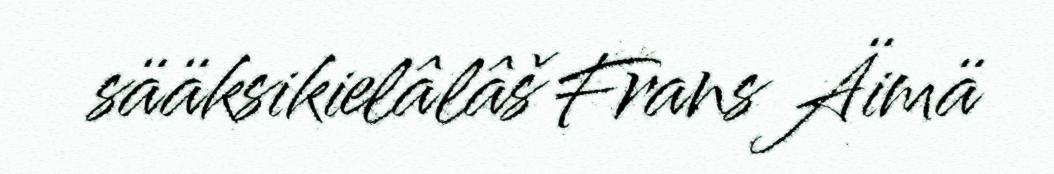
sääksikielâlâš Frans Äimä